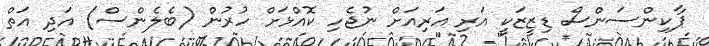
ޕާކިންސަންސް ޑިޒީޒަކީ އަރި އަރިއަށް ނުޖެހި ކޮއްޅަށް ހުރުން (ބެލެންސް) އަދި އަތް